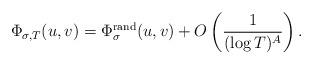
LaTeX: \begin{align*} \Phi_{\sigma, T}(u,v)=\Phi_{\sigma}^{\textup{rand}}(u,v)+O\left(\frac{1}{(\log T)^A}\right).\end{align*}